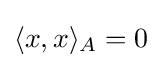
\langle x,x\rangle _{A}=0